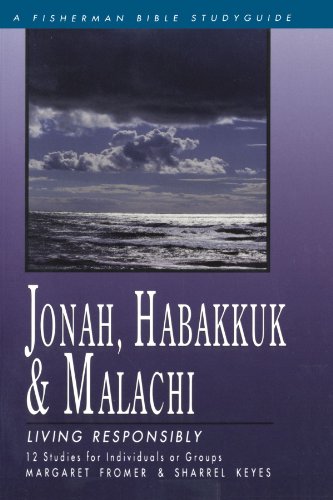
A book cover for Jonah, Habakkuk, and Malachi: Living Responsibly (Fisherman Bible Studyguides); Margaret Margaret Fromer; Christian Books & Bibles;